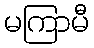
မကြာမီ